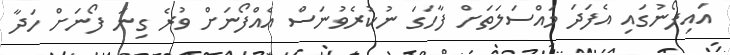
އައިފޯނުގައި އެފަދަ މައްސަލަތަށް ފާހަގަ ނުކުރެވުނަސް އެއްފޯނަށް ވުރެ ގިނަ ފޯނަށް ހަދާ